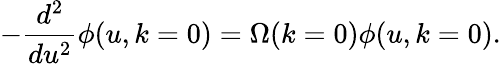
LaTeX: -\frac{d^{2}}{du^{2}}\phi(u,k=0)=\Omega(k=0)\phi(u,k=0).